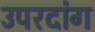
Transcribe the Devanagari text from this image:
उपरदांग